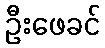
ဦးဖေခင်